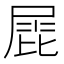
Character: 𡲩